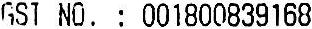
GST NO. : 001800839168